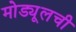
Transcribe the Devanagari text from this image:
मोड्यूलची